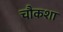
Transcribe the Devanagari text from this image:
चौकशा